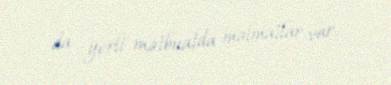
da yerli mətbuatda məlmatlar var.